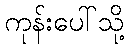
ကုန်းပေါ်သို့